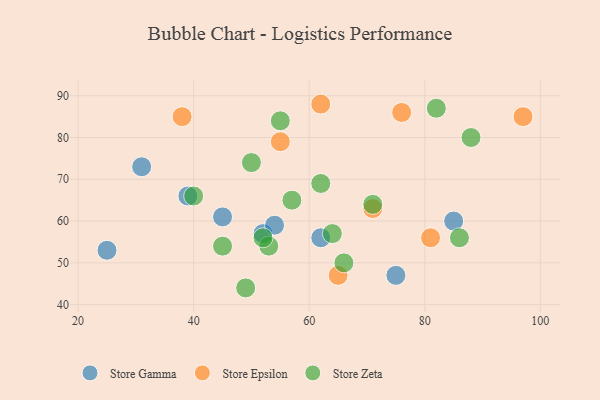
{"axis": {"x": "GDP", "y": "Life Expectancy"}, "legend": ["Store Epsilon", "Store Gamma", "Store Zeta"], "data": [{"x": "62", "y": 56, "type": "Store Gamma"}, {"x": "85", "y": 60, "type": "Store Gamma"}, {"x": "25", "y": 53, "type": "Store Gamma"}, {"x": "31", "y": 73, "type": "Store Gamma"}, {"x": "75", "y": 47, "type": "Store Gamma"}, {"x": "52", "y": 57, "type": "Store Gamma"}, {"x": "39", "y": 66, "type": "Store Gamma"}, {"x": "45", "y": 61, "type": "Store Gamma"}, {"x": "54", "y": 59, "type": "Store Gamma"}, {"x": "97", "y": 85, "type": "Store Epsilon"}, {"x": "62", "y": 88, "type": "Store Epsilon"}, {"x": "38", "y": 85, "type": "Store Epsilon"}, {"x": "81", "y": 56, "type": "Store Epsilon"}, {"x": "71", "y": 63, "type": "Store Epsilon"}, {"x": "65", "y": 47, "type": "Store Epsilon"}, {"x": "76", "y": 86, "type": "Store Epsilon"}, {"x": "55", "y": 79, "type": "Store Epsilon"}, {"x": "62", "y": 69, "type": "Store Zeta"}, {"x": "66", "y": 50, "type": "Store Zeta"}, {"x": "45", "y": 54, "type": "Store Zeta"}, {"x": "57", "y": 65, "type": "Store Zeta"}, {"x": "50", "y": 74, "type": "Store Zeta"}, {"x": "55", "y": 84, "type": "Store Zeta"}, {"x": "64", "y": 57, "type": "Store Zeta"}, {"x": "53", "y": 54, "type": "Store Zeta"}, {"x": "52", "y": 56, "type": "Store Zeta"}, {"x": "71", "y": 64, "type": "Store Zeta"}, {"x": "49", "y": 44, "type": "Store Zeta"}, {"x": "82", "y": 87, "type": "Store Zeta"}, {"x": "86", "y": 56, "type": "Store Zeta"}, {"x": "88", "y": 80, "type": "Store Zeta"}, {"x": "40", "y": 66, "type": "Store Zeta"}]}